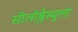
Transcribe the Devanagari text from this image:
सीलोब्लैस्चुला